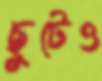
ছুটেও